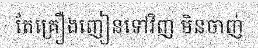
តែគ្រឿងញៀនទៅវិញ មិនចាញ់